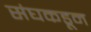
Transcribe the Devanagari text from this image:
संघकडून